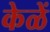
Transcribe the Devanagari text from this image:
केळें